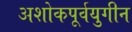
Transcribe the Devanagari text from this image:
अशोकपूर्वयुगीन